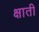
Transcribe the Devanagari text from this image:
क्षाती